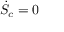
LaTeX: { \dot { S } } _ { c } = 0